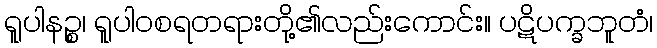
ရူပါနဉ္စ၊ ရူပါဝစရတရားတို့၏လည်းကောင်း။ ပဋိပက္ခဘူတံ၊